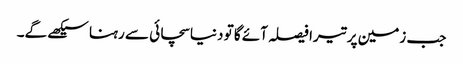
جب زمین پر تیرا فیصلہ آئے گا تو دنیا سچائی سے رہنا سیکھے گے۔